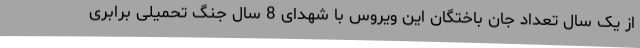
از یک سال تعداد جان باختگان این ویروس با شهدای 8 سال جنگ تحمیلی برابری